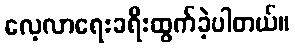
လေ့လာရေးခရီးထွက်ခဲ့ပါတယ်။